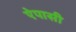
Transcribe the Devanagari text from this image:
ऐपासी